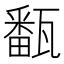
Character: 㽃